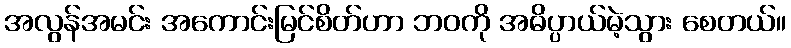
အလွန်အမင်း အကောင်းမြင်စိတ်ဟာ ဘဝကို အဓိပ္ပာယ်မဲ့သွား စေတယ်။